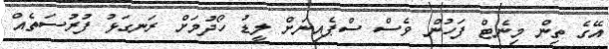
އޭގެ ތިން މިނެޓް ފަހުން ވެސް ސްޕެއިނަށް ލީޑު ހޯދުމަށް ރަނގަޅު ފުރުސަތެއް